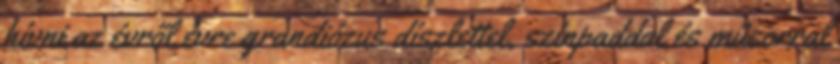
hívni az évről évre grandiózus díszlettel, színpaddal és műsorral